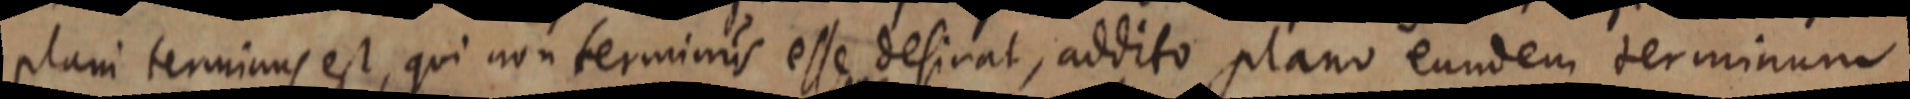
plani terminus est, qui non terminis esse desirat, addito plano eundem terminum